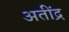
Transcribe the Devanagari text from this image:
अतींद्र